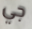
جي